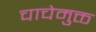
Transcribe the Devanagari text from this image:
चाचेमुक्त